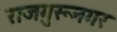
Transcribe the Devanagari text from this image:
राजगुरूनगर